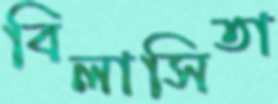
বিলাসিতা